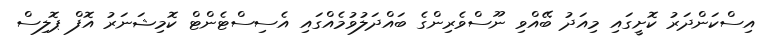
އިސްކަންދަރު ކޮށީގައި މިއަދު ބޭއްވި ނޫސްވެރިންގެ ބައްދަލުވުމެއްގައި އެސިސްޓެންޓް ކޮމިޝަނަރު އޮފް ޕޮލިސް